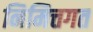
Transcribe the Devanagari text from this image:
निमित्तगत